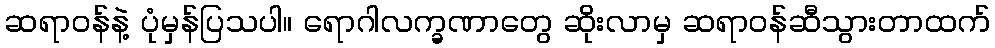
ဆရာဝန်နဲ့ ပုံမှန်ပြသပါ။ ရောဂါလက္ခဏာတွေ ဆိုးလာမှ ဆရာဝန်ဆီသွားတာထက်